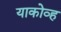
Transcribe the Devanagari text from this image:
याकोव्ह